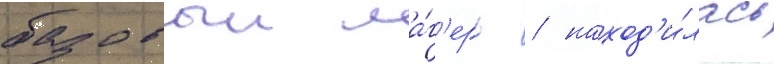
базовыи ла́г'ерь / наход'и́лась